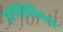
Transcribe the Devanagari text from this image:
उत्पादकतेमध्ये